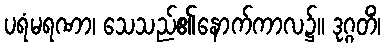
ပရံမရဏာ၊ သေသည်၏နောက်ကာလ၌။ ဒုဂ္ဂတိံ၊